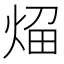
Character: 𰞬